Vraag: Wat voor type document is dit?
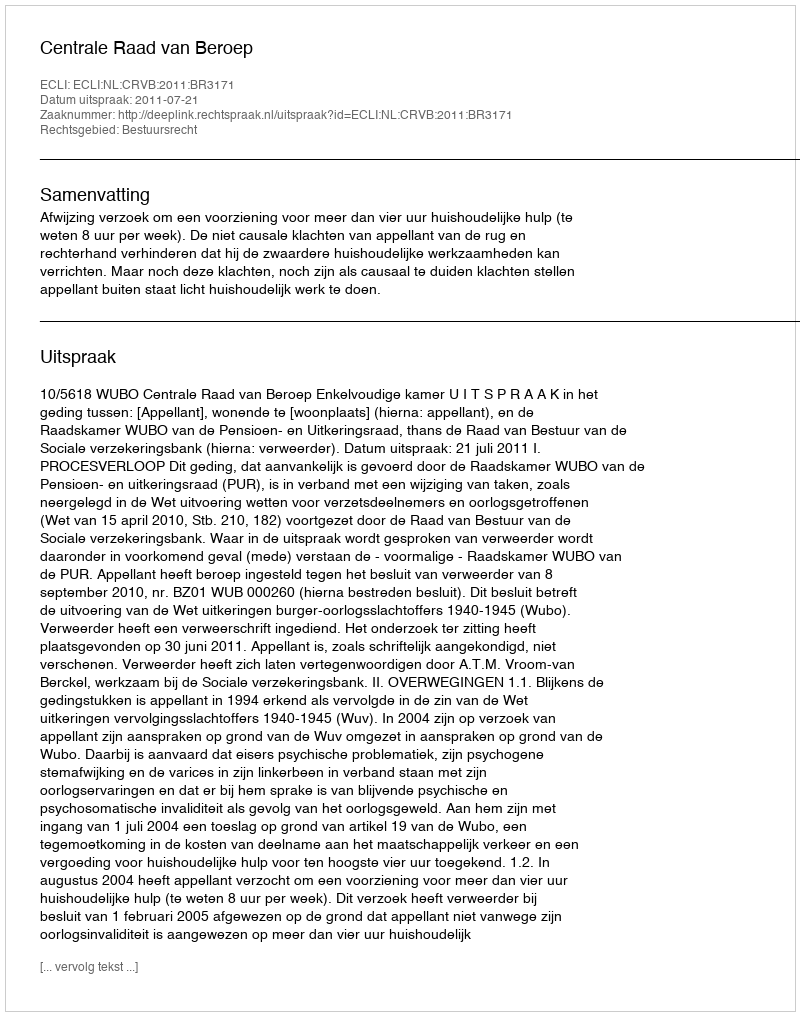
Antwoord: Uitspraak